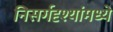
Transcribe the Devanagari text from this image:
निसर्गदृश्यांमध्ये